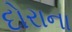
દોરાના